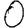
Digit: 0